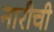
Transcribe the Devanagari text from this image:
नारीची